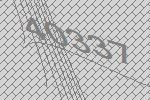
40337